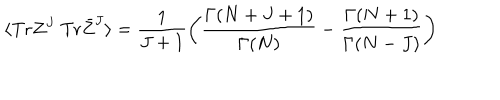
LaTeX: \langle \mathrm { T r } Z ^ { J } ~ \mathrm { T r } \bar { Z } ^ { J } \rangle = \frac { 1 } { J + 1 } \left( \frac { \Gamma ( N + J + 1 ) } { \Gamma ( N ) } - \frac { \Gamma ( N + 1 ) } { \Gamma ( N - J ) } \right)